Tezpur Lunatic Asylum reports 1895-1904 - 1895-1904
Year: 1895
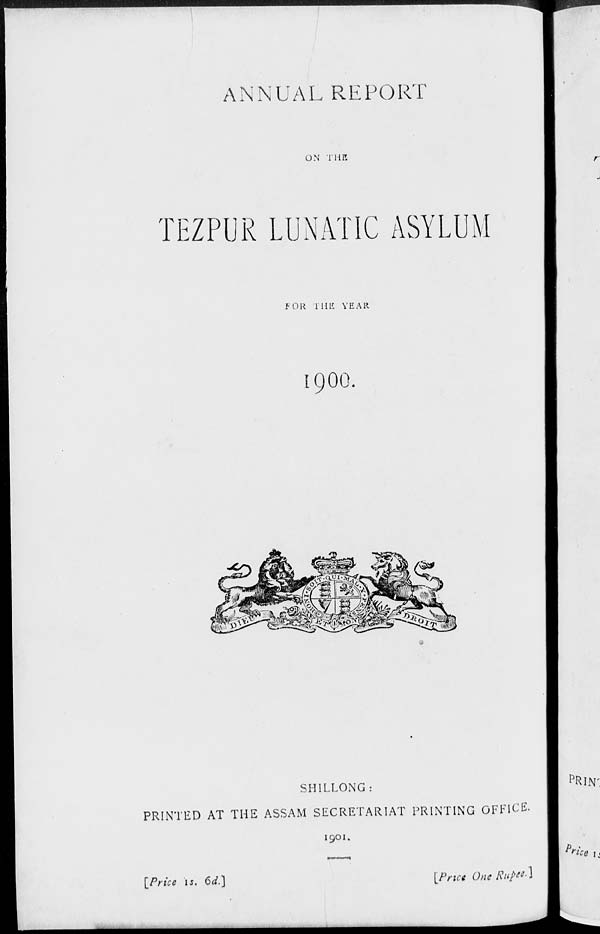
ANNUAL REPORT
ON THE
TEZPUR LUNATIC ASYLUM
FOR THE YEAR
1900.
SH1LLONG:
PRINTED AT THE ASSAM SECRETARIAT PRINTING OFFICE.
1901.
[Price 15. 6d.)
[Pnct OMRHP**']